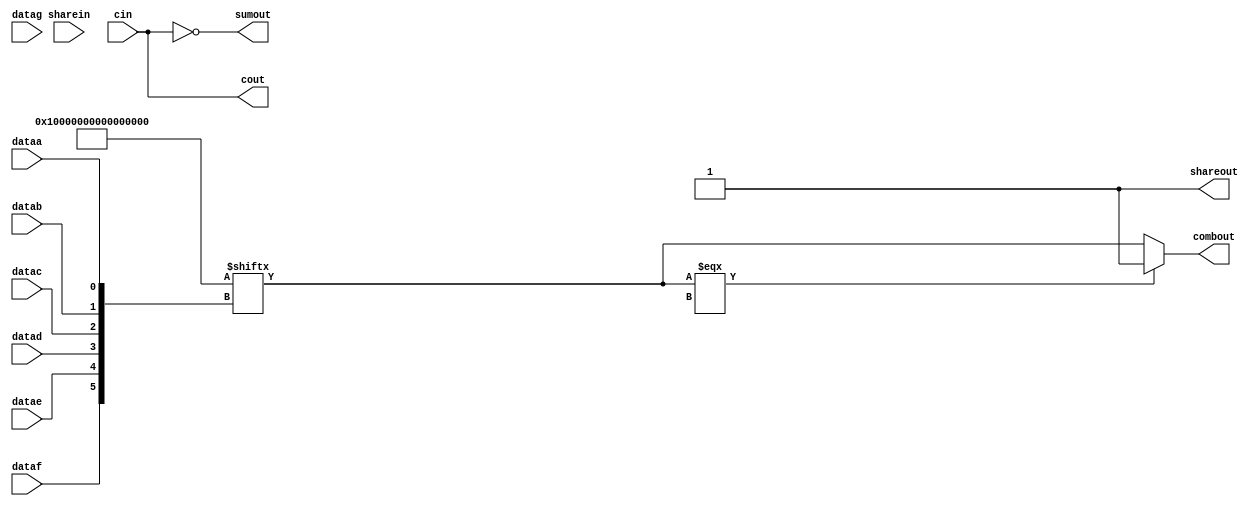
module stratixv_lcell_comb (
                             dataa,
                             datab,
                             datac,
                             datad,
                             datae,
                             dataf,
                             datag,
                             cin,
                             sharein,
                             combout,
                             sumout,
                             cout,
                             shareout
                            );
input dataa;
input datab;
input datac;
input datad;
input datae;
input dataf;
input datag;
input cin;
input sharein;
output combout;
output sumout;
output cout;
output shareout;
parameter lut_mask = 64'hFFFFFFFFFFFFFFFF;
parameter shared_arith = "off";
parameter extended_lut = "off";
parameter dont_touch = "off";
parameter lpm_type = "stratixv_lcell_comb";
// sub masks
wire [15:0] f0_mask;
wire [15:0] f1_mask;
wire [15:0] f2_mask;
wire [15:0] f3_mask;
// sub lut outputs
reg f0_out;
reg f1_out;
reg f2_out;
reg f3_out;
// mux output for extended mode
reg g0_out;
reg g1_out;
// either datac or datag
reg f2_input3;
// F2 output using dataf
reg f2_f;
// second input to the adder
reg adder_input2;
// tmp output variables
reg combout_tmp;
reg sumout_tmp;
reg cout_tmp;
// integer representations for string parameters
reg ishared_arith;
reg iextended_lut;
// 4-input LUT function
function lut4;
input [15:0] mask;
input dataa;
input datab;
input datac;
input datad;
begin
    lut4 = datad ? ( datac ? ( datab ? ( dataa ? mask[15] : mask[14])
                                     : ( dataa ? mask[13] : mask[12]))
                           : ( datab ? ( dataa ? mask[11] : mask[10])
                                     : ( dataa ? mask[ 9] : mask[ 8])))
                 : ( datac ? ( datab ? ( dataa ? mask[ 7] : mask[ 6])
                                     : ( dataa ? mask[ 5] : mask[ 4]))
                           : ( datab ? ( dataa ? mask[ 3] : mask[ 2])
                                     : ( dataa ? mask[ 1] : mask[ 0])));
end
endfunction
// 5-input LUT function
function lut5;
input [31:0] mask;
input dataa;
input datab;
input datac;
input datad;
input datae;
reg e0_lut;
reg e1_lut;
reg [15:0] e0_mask;
reg [31:16] e1_mask;
begin
    e0_mask = mask[15:0];
    e1_mask = mask[31:16];
	 begin
        e0_lut = lut4(e0_mask, dataa, datab, datac, datad);
        e1_lut = lut4(e1_mask, dataa, datab, datac, datad);
        if (datae === 1'bX) // X propogation
        begin
            if (e0_lut == e1_lut)
            begin
                lut5 = e0_lut;
            end
            else
            begin
                lut5 = 1'bX;
            end
        end
        else
        begin
            lut5 = (datae == 1'b1) ? e1_lut : e0_lut;
        end
    end
end
endfunction
// 6-input LUT function
function lut6;
input [63:0] mask;
input dataa;
input datab;
input datac;
input datad;
input datae;
input dataf;
reg f0_lut;
reg f1_lut;
reg [31:0] f0_mask;
reg [63:32] f1_mask ;
begin
    f0_mask = mask[31:0];
    f1_mask = mask[63:32];
	 begin
        lut6 = mask[{dataf, datae, datad, datac, datab, dataa}];
        if (lut6 === 1'bX)
        begin
            f0_lut = lut5(f0_mask, dataa, datab, datac, datad, datae);
            f1_lut = lut5(f1_mask, dataa, datab, datac, datad, datae);
            if (dataf === 1'bX) // X propogation
            begin
                if (f0_lut == f1_lut)
                begin
                    lut6 = f0_lut;
                end
                else
                begin
                    lut6 = 1'bX;
                end
            end
            else
            begin
                lut6 = (dataf == 1'b1) ? f1_lut : f0_lut;
            end
        end
    end
end
endfunction
wire dataa_in;
wire datab_in;
wire datac_in;
wire datad_in;
wire datae_in;
wire dataf_in;
wire datag_in;
wire cin_in;
wire sharein_in;
buf(dataa_in, dataa);
buf(datab_in, datab);
buf(datac_in, datac);
buf(datad_in, datad);
buf(datae_in, datae);
buf(dataf_in, dataf);
buf(datag_in, datag);
buf(cin_in, cin);
buf(sharein_in, sharein);
specify
    (dataa => combout) = (0, 0);
    (datab => combout) = (0, 0);
    (datac => combout) = (0, 0);
    (datad => combout) = (0, 0);
    (datae => combout) = (0, 0);
    (dataf => combout) = (0, 0);
    (datag => combout) = (0, 0);
    (dataa => sumout) = (0, 0);
    (datab => sumout) = (0, 0);
    (datac => sumout) = (0, 0);
    (datad => sumout) = (0, 0);
    (dataf => sumout) = (0, 0);
    (cin => sumout) = (0, 0);
    (sharein => sumout) = (0, 0);
    (dataa => cout) = (0, 0);
    (datab => cout) = (0, 0);
    (datac => cout) = (0, 0);
    (datad => cout) = (0, 0);
    (dataf => cout) = (0, 0);
    (cin => cout) = (0, 0);
    (sharein => cout) = (0, 0);
    (dataa => shareout) = (0, 0);
    (datab => shareout) = (0, 0);
    (datac => shareout) = (0, 0);
    (datad => shareout) = (0, 0);
endspecify
initial
begin
    if (shared_arith == "on")
        ishared_arith = 1;
    else
        ishared_arith = 0;
    if (extended_lut == "on")
        iextended_lut = 1;
    else
        iextended_lut = 0;
    f0_out = 1'b0;
    f1_out = 1'b0;
    f2_out = 1'b0;
    f3_out = 1'b0;
    g0_out = 1'b0;
    g1_out = 1'b0;
    f2_input3 = 1'b0;
    adder_input2 = 1'b0;
    f2_f = 1'b0;
    combout_tmp = 1'b0;
    sumout_tmp = 1'b0;
    cout_tmp = 1'b0;
end
// sub masks and outputs
assign f0_mask = lut_mask[15:0];
assign f1_mask = lut_mask[31:16];
assign f2_mask = lut_mask[47:32];
assign f3_mask = lut_mask[63:48];
always @(datag_in or dataf_in or datae_in or datad_in or datac_in or
         datab_in or dataa_in or cin_in or sharein_in)
begin
    // check for extended LUT mode
    if (iextended_lut == 1)
        f2_input3 = datag_in;
    else
        f2_input3 = datac_in;
    f0_out = lut4(f0_mask, dataa_in, datab_in, datac_in, datad_in);
    f1_out = lut4(f1_mask, dataa_in, datab_in, f2_input3, datad_in);
    f2_out = lut4(f2_mask, dataa_in, datab_in, datac_in, datad_in);
    f3_out = lut4(f3_mask, dataa_in, datab_in, f2_input3, datad_in);
    // combout is the 6-input LUT
    if (iextended_lut == 1)
    begin
        if (datae_in == 1'b0)
        begin
            g0_out = f0_out;
            g1_out = f2_out;
        end
        else if (datae_in == 1'b1)
        begin
            g0_out = f1_out;
            g1_out = f3_out;
        end
        else
        begin
            if (f0_out == f1_out)
                g0_out = f0_out;
            else
                g0_out = 1'bX;
            if (f2_out == f3_out)
                g1_out = f2_out;
            else
                g1_out = 1'bX;
        end
        if (dataf_in == 1'b0)
            combout_tmp = g0_out;
        else if ((dataf_in == 1'b1) || (g0_out == g1_out))
            combout_tmp = g1_out;
        else
            combout_tmp = 1'bX;
    end
    else
        combout_tmp = lut6(lut_mask, dataa_in, datab_in, datac_in,
                           datad_in, datae_in, dataf_in);
    // check for shareed arithmetic mode
    if (ishared_arith == 1)
        adder_input2 = sharein_in;
    else
    begin
        f2_f = lut4(f2_mask, dataa_in, datab_in, datac_in, dataf_in);
        adder_input2 = !f2_f;
    end
    // sumout & cout
    sumout_tmp = cin_in ^ f0_out ^ adder_input2;
    cout_tmp = (cin_in & f0_out) | (cin_in & adder_input2) |
               (f0_out & adder_input2);
end
and (combout, combout_tmp, 1'b1);
and (sumout, sumout_tmp, 1'b1);
and (cout, cout_tmp, 1'b1);
and (shareout, f2_out, 1'b1);
endmodule